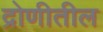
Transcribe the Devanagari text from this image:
द्रोणीतील